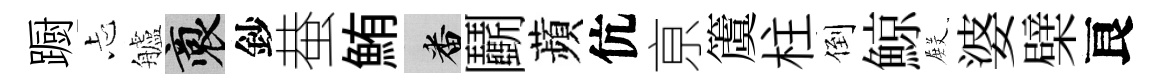
蹰忐艫裔鈔蛬鮪番鬬蘋伉亰𥵂柱倒鯨𭮺婆檗良